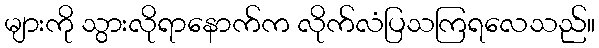
များကို သွားလိုရာနောက်က လိုက်လံပြသကြရလေသည်။